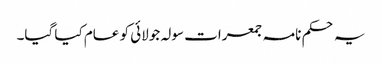
یہ حکم نامہ جمعرات سولہ جولائی کو عام کیا گیا۔